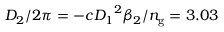
D _ { 2 } / 2 \pi = - c { D _ { 1 } } ^ { 2 } \beta _ { 2 } / n _ { \mathrm { g } } = 3 . 0 3